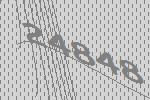
24848